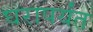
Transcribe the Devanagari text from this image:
घरापर्यंत